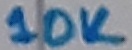
Text: 10K